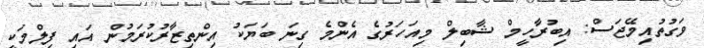
ވަގުތުއިމޭޖަސް: އިބުރާހީމް ޝާބިލް މިއަހަރުގެ އެންމެ ގިނަ ބަޔަކު އިންތިޒާރުކުރަމުން އައި ފިލްމަކީ